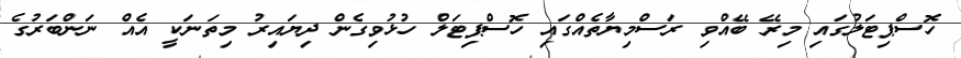
ހޮސްޕިޓަލުގައި މިރޭ ބޭއްވި ރަސްމިޔާތެއްގައި ހޮސްޕިޓަލް ހުޅުވިގެން ދިޔައިރު މިތަނަކީ އެއް ނަންބަރުގެ